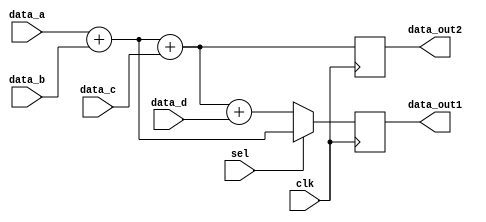
module  expression_sub 
  (data_out1, data_out2, data_a, data_b, data_c, data_d, sel, clk);

  output		[4: 0]	data_out1, data_out2;
  input 		[3: 0] 	data_a, data_b, data_c, data_d;
  input			sel, clk;
  reg 		[4: 0]	data_out1, data_out2;
  
  always @ (posedge clk)
    begin
      data_out2 = data_a + data_b + data_c;
      if (sel == 1'b0) 
        data_out1 = data_a + data_b + data_c + data_d;
      else
        data_out1 = data_a + data_b;
    end
endmodule